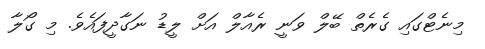
މިނެޓްގައި ގެރެތް ބޭލް ވަނީ ރެއާލް އަށް ލީޑު ނަގާދީފައެވެ. މި ގޯލާ